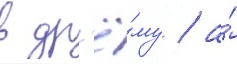
в др'ё́му / а́